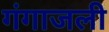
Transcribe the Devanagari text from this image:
गंगाजली